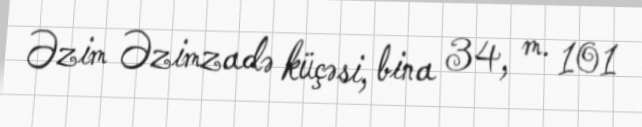
Əzim Əzimzadə küçəsi, bina 34, m. 101